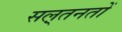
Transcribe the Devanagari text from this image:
सल़्तनतों